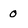
Character: 0